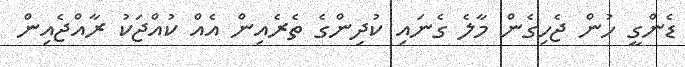
ޑެންގީ ހުން ޖެހިގެން މާލެ ގެނައި ކުދިންގެ ތެރެއިން އެއް ކުއްޖަކު ރާއްޖެއިން